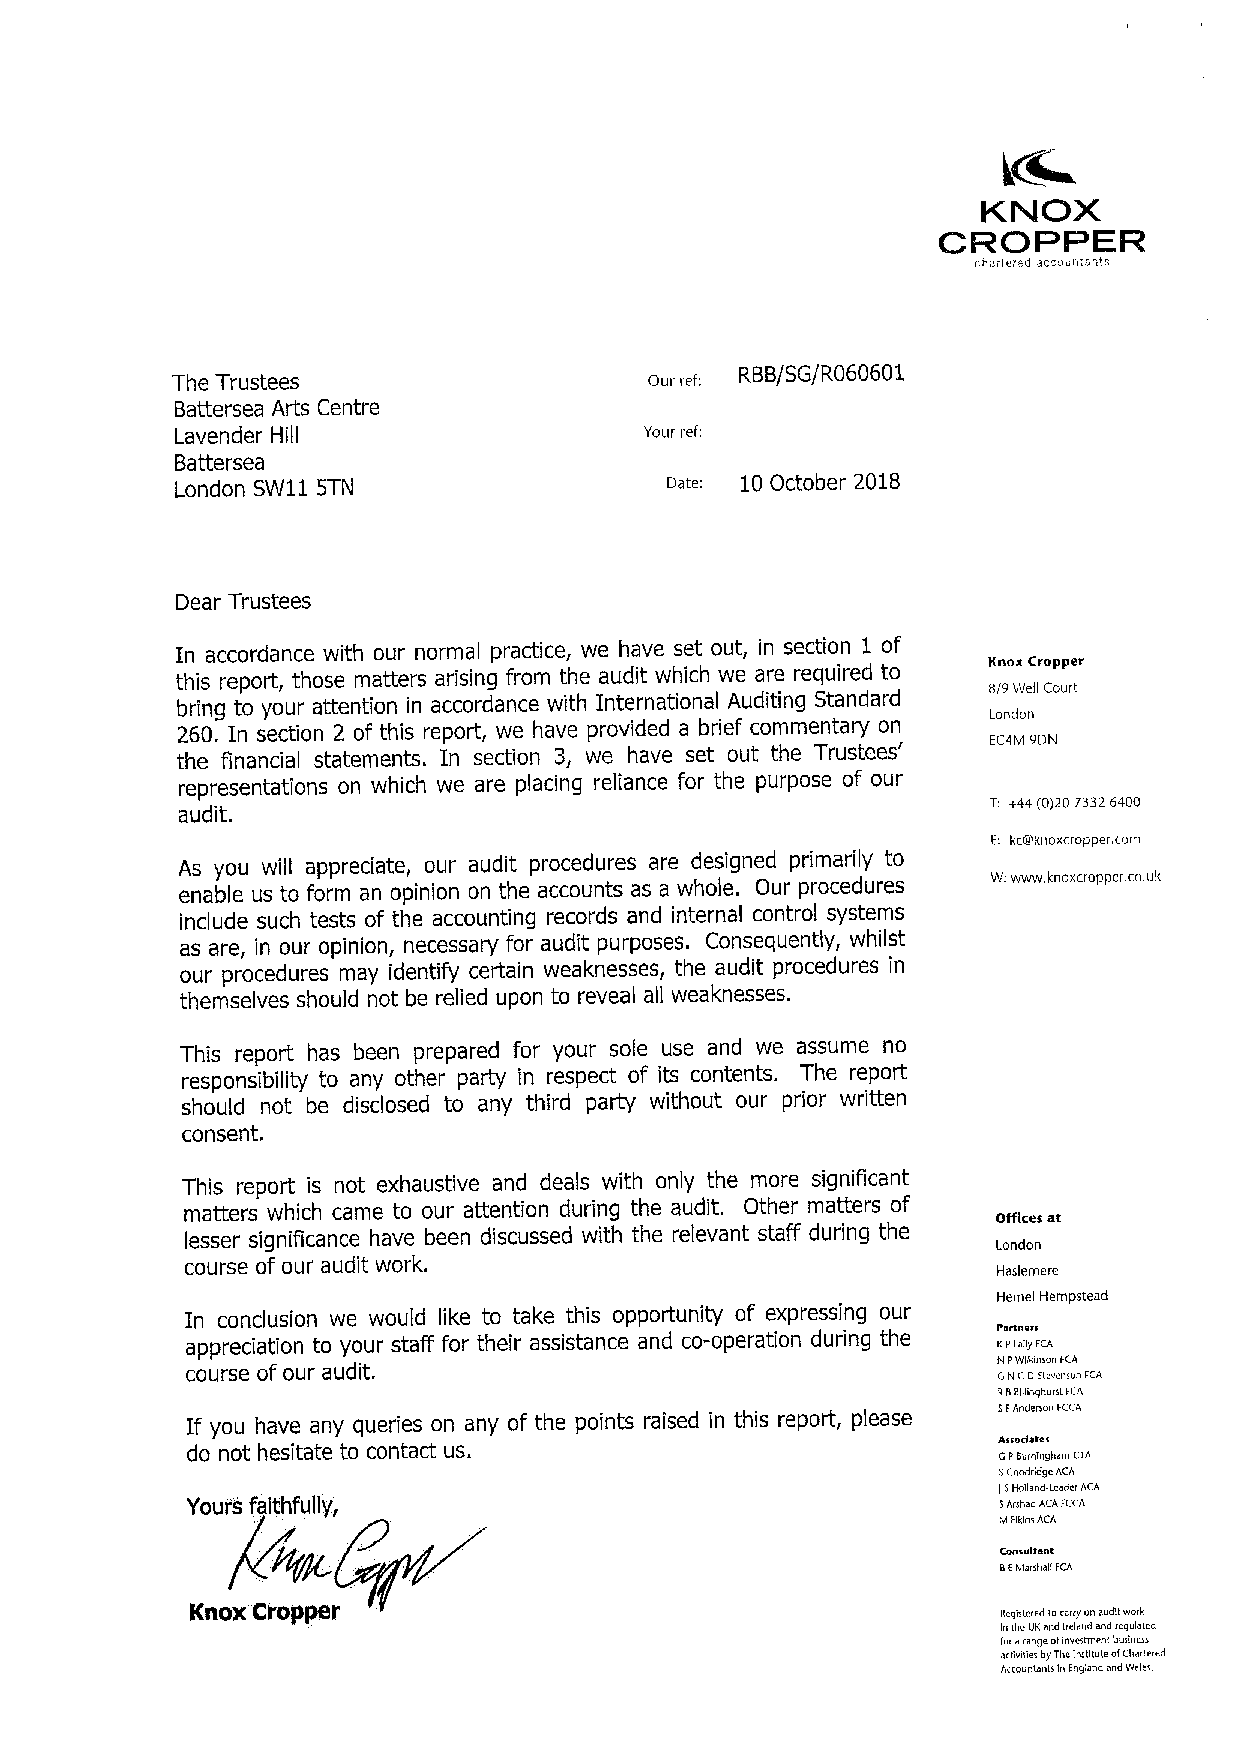
KNOX.
 CROPPER
 r.larlerud acne!Untant
 RBB/SG/R060601
 The Trustees                    Our ref:
 Battersea Arts Centre
 Lavender Hill                  Yoktr ref:
 Battersea
 London SW11 5TN                      10October 2018
 Dear Trustees
 In accordance with our normal practice, we have set out, in section 1 of
 Knox Cropper
 this report, those matters arising from the audit which we are required to
 bring to your attention in accordance with International Auditing Standard ft/9 Well Court
 London
 260. In section 2 of this report, we have provided a brief commentary on
 the financial statements. In section 3, we have set out the Trustees' EC4M 9DN
 representations on which we are placing reliance for the purpose of our
 T; +44(0)2073326400
 audit.
 E: kcretknoxcropper. corn
 As you will appreciate, our audit procedures are designed primarily to
 enable us to form an opinion on the accounts as a whole. Our procedures W:www.knoxcropper. co,uk
 include such tests of the accounting records and internal control systems
 as are, in our opinion, necessary for audit purposes. Consequently, whilst
 our procedures may identify certain weaknesses, the audit procedures in
 themselves should not be relied upon to reveal all weaknesses.
 This report has been prepared for your sole use and we assume no
 responsibility to any other party in respect of its contents. The report
 should not be disclosed to any third party without our prior written
 consent.
 This report is not exhaustive and deals with only the more significant
 matters which came to our attention during the audit. Other matters of Offices at
 lesser significance have been discussed with the relevant staff during the
 London
 course of our audit work.
 Haslemere
 Hemel Hampstead
 In conclusion we would like to take this opportunity of expressing our
 appreciation to your staff for their assistance and co-operation during the KPlaay FCA
 course of our audit.                                  NPWilkinson FCA
 GNCOStevenson FCA
 R8Balinghurst FCA
 If you have any queries on any of the points raised in this report, please EFAnderson FCCA
 do not hesitate to contact us.                        A Gs Pso Bd ua rne te ns gham cTA
 SGoodridge ACA
 lEHolland.LeaderACA
 Youi's faithfully,                                    8Arshad ACAFCCA
 rvfElklnsACA
 Cansulsane
 8Elviarshar FCA
 Knox Cropper                                         Registered tocarryonauditwork
 inU!eUKandIreland andregulated
 inrarangeofinvestment business
 acgvities byTheInstltule ofChartered
 Accountants inEngland andWale~